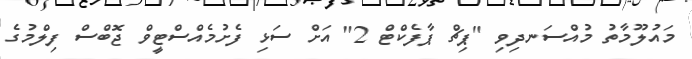
މައުލޫމާތު މުއްސަނދިވި "ޕިޗް ޕާފެކްޓް 2" އަށް ސަޅި ފެށުމެއްސްޓީވް ޖޮބްސް ފިލްމުގެ